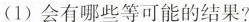
(1) 会有哪些等可能的结果?